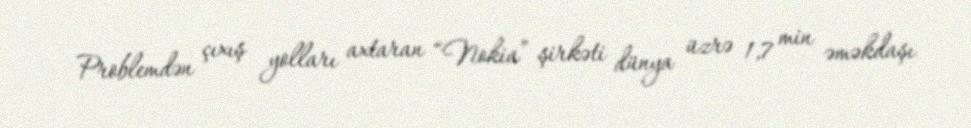
Problemdən çıxış yolları axtaran “Nokia” şirkəti dünya üzrə 1,7 min əməkdaşı